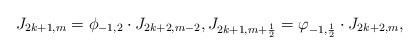
\begin{align*}J_{2k+1,m}=\phi_{-1,2}\cdot J_{2k+2,m-2},J_{2k+1,m+\frac{1}{2}}=\varphi_{-1,\frac{1}{2}}\cdot J_{2k+2,m},\end{align*}